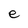
Character: e